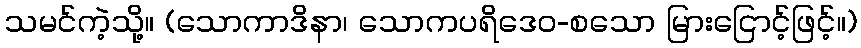
သမင်ကဲ့သို့။ (သောကာဒိနာ၊ သောကပရိဒေဝ-စသော မြားငြောင့်ဖြင့်။)